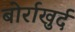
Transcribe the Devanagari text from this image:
बोर्राखुर्द